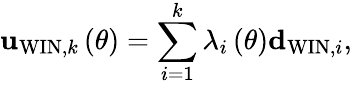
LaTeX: {\mathbf u}_{\mathrm{WIN},k}\left(\theta\right)=\sum_{i=1}^{k}\lambda_{i}\left(\theta\right){\mathbf d}_{\mathrm{WIN},i},